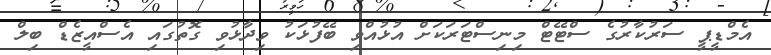
އެމްޑީޕީ ސަރުކާރުގެ ސްޓޭޓް މިނިސްޓަރަކަށް އުޅުއްވި ބޭފުޅަކު ވިދާޅުވި ގޮތުގައި އެސްއީޒެޑް ބިލް